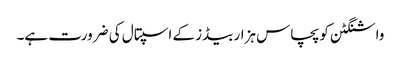
واشنگٹن کو پچاس ہزار بیڈز کے اسپتال کی ضرورت ہے۔